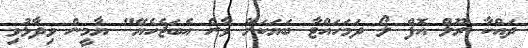
ދައްކާ ރޫލް އޮފް ލޯ ދަމަހައްޓާ ބަޔަކަށް ވާން އެބަޖެހެޔޭ" ޔާމީން ވިދާޅުވި